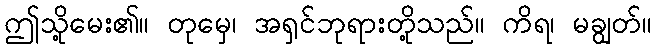
ဤသို့မေး၏။ တုမှေ၊ အရှင်ဘုရားတို့သည်။ ကိရ၊ မချွတ်။